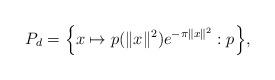
LaTeX: \begin{align*}P_d = \Big\{x \mapsto p(\|x\|^2) e^{-\pi \|x\|^2} : p \Big\},\end{align*}